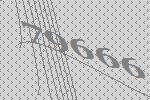
79666